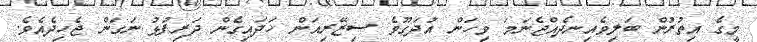
މީގެ އިތުރުން ބަލިވެއިނދެއްޖެނަމަ ވިހަން އުދަގޫވެ ސިޒޭރިއަން ހަދައިގެން ދަރިފުޅު ނަގަން ޖެހިދެއެވެ.